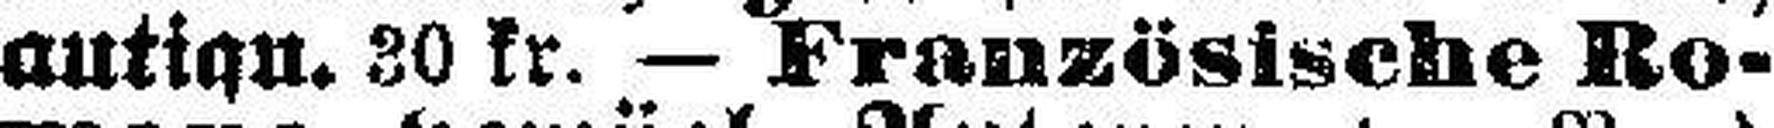
antiqu. 30 kr. — Französische Ro¬